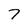
Character: 7